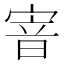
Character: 𡩘